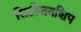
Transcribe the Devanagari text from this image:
सिटीजनशिप